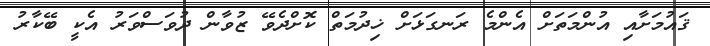
ޤައުމަށާއި އުންމަތަށް އެންމެ ރަނގަޅަށް ޚިދުމަތް ކޮށްދެވޭ ޒުވާން ދުވަސްވަރު އެކީ ބޭކާރު